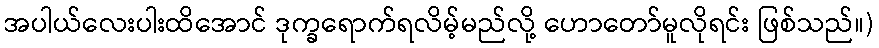
အပါယ်လေးပါးထိအောင် ဒုက္ခရောက်ရလိမ့်မည်လို့ ဟောတော်မူလိုရင်း ဖြစ်သည်။)